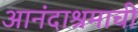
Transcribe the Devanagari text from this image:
आनंदाश्रमाची